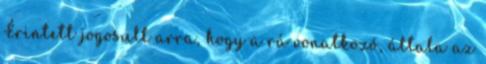
Érintett jogosult arra, hogy a rá vonatkozó, általa az